Civil Veterinary Dept. Assam report 1911-1927 - 1911-1927
Year: 1911
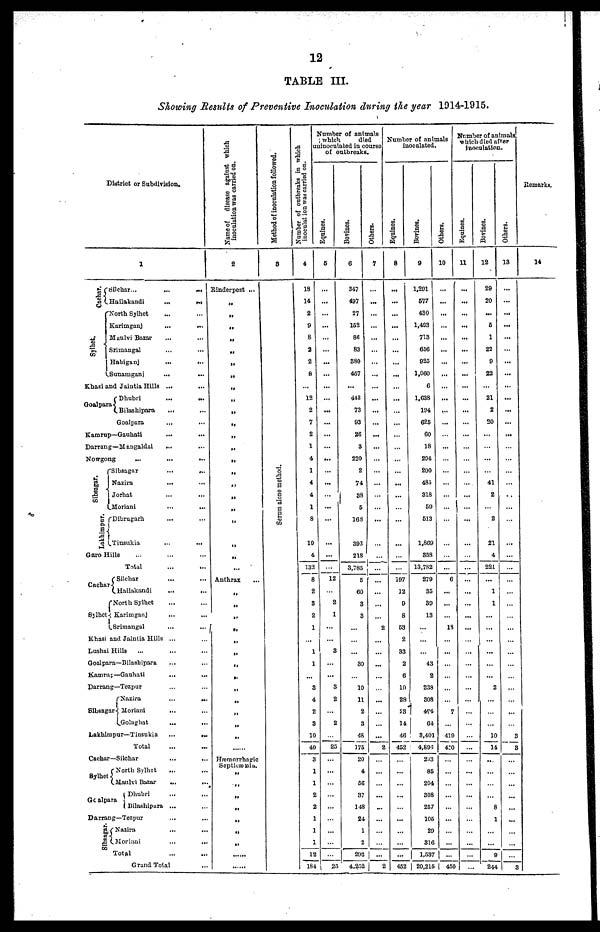
12
TABLE III.
Showing Results of Preventive Inoculation during the year 1014-1915.
District or Subdivision.
Cachar.
Sylhet.
1
Silchar...
...
...
Hailakandi
...
...
North Sylhet
... ...
Karimganj ... ...
Maulvi Bazar ... ...
Srimangal ... ...
Habiganj
...
...
Sunamganj
...
...
Khasi and Jaintia Hills ...
...
Goalpara
Dhubri
...
...
Bilashipara
... ...
Goalpara
...
...
Kamrup—Gauhati
...
...
Darrang—Mangaldai
... ...
Nowgong
...
...
...
Sibsagar.
La khi mpur .
Sibsagar
...
...
Nazira
...
...
Jorhat
...
...
Moriani
...
...
Dibrugarh ... ...
Tinsukia
...
...
Garo Hills ... ... ...
Cachar
Sylhet
Total ... ...
Silchar
...
...
Hailakandi
...
...
North Sylhet ... ...
Karimganj
... ...
Srimangal
...
...
Khasi and Jaintia Hills ... ...
Lushai Hills
... ... ...
Goalpara—Bilashipara
... ...
Kamrup—Gauhati
... ...
Darrang—Tozpur ... ...
Sibsagar
Nazira
...
...
Moriani
...
...
Golaghat
...
...
Lakhimpur—Tinsukia
...
...
Total ... ...
Cachar—Silchar ... ...
Sylhet
Goalpa
North Sylhet
... ...
Maulvi Bazar
...
...
Dhubri ... ...
ra
Bilashipara ... ...
Darrang—Tezpur ... ...
Sibsagar
Nazira
...
...
Moriani
...
...
Total ... ...
Grand Total ...
Name of disease against which
inoculation was carried on.
2
Rinderpest ...
„
„
„
„
„
„
„
„
„
„
„
„
„
„
„
„
„
„
„
„
..
...
Anthrax
„
„
„
„
„
„
„
„
„
„
„
„
„
Hæmorrhapie
Septicæmia.
„
„
„
„
„
„
„
......
......
Method of inoculation followed.
6
Se r
um alone method.
Number of outbreaks in which
inoculat ion was carried on.
4
18
14
2
9
8
2
2
8
...
12
2
7
2
1
4
1
4
4
1
8
19
4
132
8
2
3
2
1
...
1
1
...
3
4
2
8
10
40
3
1
1
2
2
1
1
1
12
184
Number of animals
which
died
uninoculated in course
of outbreaks.
Equines.
5
...
...
...
...
...
...
...
...
...
...
...
...
...
...
...
...
...
...
...
...
...
...
...
12
...
2
1
...
...
3
...
...
3
2
...
2
25
...
...
...
...
...
...
...
...
25
Bovines.
6
347
497
27
152
86
83
380
457
...
443
73
93
26
3
220
2
74
38
5
168
393
218
3,785
5
60
3
3
...
...
...
30
...
10
11
2
3
48
175
20
4
56
37
148
24
1
2
202
4.252
Others.
7
...
...
...
...
...
...
...
...
...
...
...
...
...
...
...
...
...
...
...
...
...
...
...
...
...
...
2
...
...
...
...
...
...
...
...
2
...
...
...
...
...
...
2
Number of animals
inoculated.
Equines.
8
...
...
...
...
...
...
...
...
...
...
...
...
...
...
...
...
...
...
...
...
...
...
197
12
9
8
53
2
83
2
6
19
28
S3
14
46
452
...
...
...
...
...
...
452
Bovines.
9
1,291
677
430
1,403
713
656
925
1,060
6
1,638
194
625
60
18
204
200
485
318
59
613
1,869
358
13,782
279
35
39
13
...
...
...
43
2
238
808
474
64
3,401
4,896
233
85
204
308
257
105
29
316
1,537
20,215
Others.
10
...
...
...
...
...
...
...
...
...
...
...
...
...
...
...
...
...
...
...
...
...
...
...
6
...
...
...
13
...
...
...
...
...
...
7
...
419
450
...
...
...
...
...
...
...
...
...
450
Number of animals
which died after
inoculation.
Equines.
11
...
...
...
...
...
...
...
...
...
...
...
...
...
...
...
...
...
...
...
...
...
...
...
...
...
...
...
...
...
...
...
...
...
...
...
...
...
...
...
...
...
...
...
...
...
...
...
Bovines.
12
29
20
...
5
1
22
9
22
...
21
2
20
...
...
...
...
41
2
...
2
21
4
221
...
1
1
...
...
...
...
...
...
2
...
...
...
10
14
...
...
...
...
8
1
...
...
9
244
Others.
13
...
...
...
...
...
...
...
...
...
...
...
...
...
...
...
...
...
..
...
...
...
...
...
...
...
...
...
...
...
...
...
...
...
...
...
...
3
3
...
...
...
...
...
...
...
...
...
3
Remarks.
14